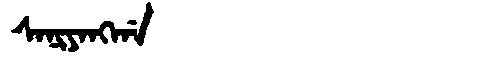
Manchu: ᠰᠠᠨᡳᠶᠠᠩᡤᠠ
Romanization: SANIYANGGA